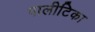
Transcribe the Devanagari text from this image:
पालीटिका